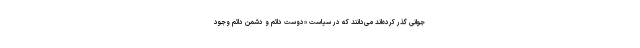
جوانی گذر کرده‌اند می‌دانند که در سیاست «دوست دائم و دشمن دائم وجود